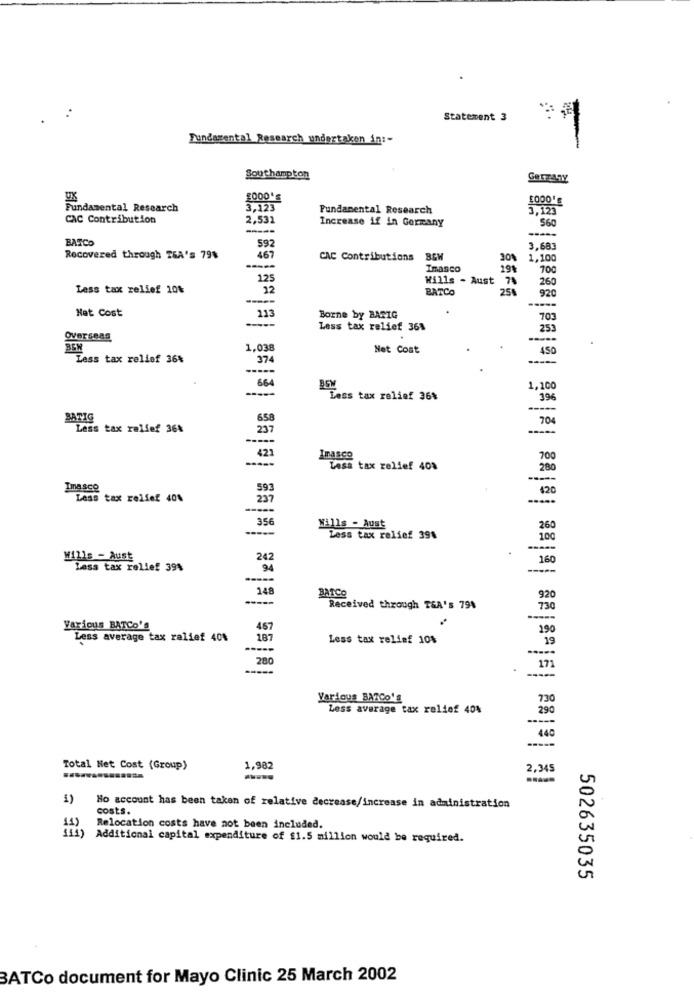
Statement 3
Fundamental Research undertaken in :-
Southampton
UX
£000'S
Fundamental Research
3,123
Fundamental Research
3,123
CAC Contribution
2,532
Increase if in Germany
560
BATCO
592
467
3,683
Recovered through TEA's 79%
CAC Contributions
30%
1,100
Inasco
700
125
Wills - Aust
7%
260
Less tax relief 10%
22
BATCO
25%
920
Net Cost
113
----
Borne by BARIG
703
Less tax relief 36%
253
Overseas
-----
BEN
1,038
Net Cost
450
Less tax relief 36%
374
-----
664
-----
1,100
Less tax relief 36%
396
-----
BATIG
658
704
Less tax relief 36%
237
-----
-----
421
Inasco
700
Less tax relief 40%
280
Imasco
593
420
Less tax relief 40%
237
.....
-----
356
Wills - Aust
260
Less tax relief 39%
100
----
Wills - Aust
242
160
Less tax relief 39%
94
148
BATCO
920
Received through T&A's 79%
730
-----
Various BATCO'S
467
190
Less average tax relief 40%
187
Less tax relief 10%
19
280
171
-----
-----
Various BATCo'S
730
Less average tax relief 40%
290
440
Total Net Cost (Group)
1,982
2,345
1)
costs.
Ho account has been taken of relative decrease/increase in administration
Relocation costs have not been included.
111) Additional capital expenditure of $1.5 million would be required.
502635035
BATCo document for Mayo Clinic 25 March 2002